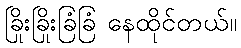
ခြိုးခြိုးခြံခြံ နေထိုင်တယ်။